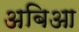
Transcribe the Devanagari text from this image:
अबिआ